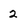
Character: 2